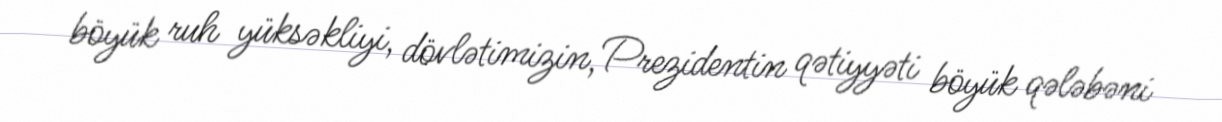
böyük ruh yüksəkliyi, dövlətimizin, Prezidentin qətiyyəti böyük qələbəni